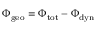
\Phi _ { \mathrm { g e o } } = \Phi _ { \mathrm { t o t } } - \Phi _ { \mathrm { d y n } }